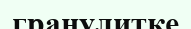
гранулитке